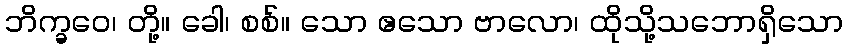
ဘိက္ခဝေ၊ တို့။ ခေါ၊ စစ်။ သော ဧသော ဗာလော၊ ထိုသို့သဘောရှိသော